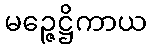
မဉ္ဇေဋ္ဌိကာယ